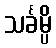
သင်္ခမ္ပိ